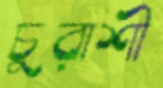
চুরাশী